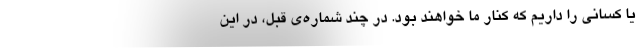
یا کسانی را داریم که کنار ما خواهند بود. در چند شماره‌ی قبل، در این